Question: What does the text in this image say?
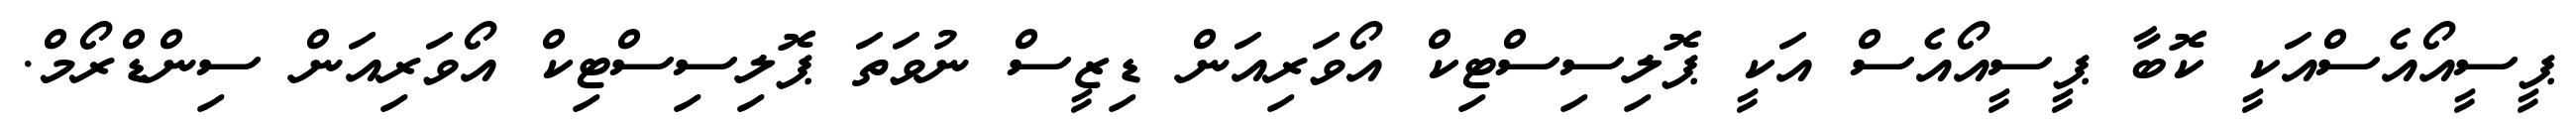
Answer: ޕީސީއޯއެސްއަކީ ކޮބާ ޕީސީއޯއެސް އަކީ ޕޮލިސިސްޓިކް އޯވަރިއަން ޑިޒީސް ނުވަތަ ޕޮލިސިސްޓިކް އޯވަރިއަން ސިންޑްރޯމް.